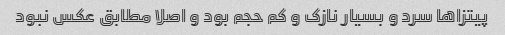
پیتزاها سرد و بسیار نازک و کم حجم بود و اصلا مطابق عکس نبود